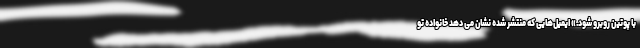
با پوتین روبرو شود.» ایمیل‌هایی که منتشر شده نشان می دهد خانواده تو